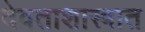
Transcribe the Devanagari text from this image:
देवताशास्त्रात